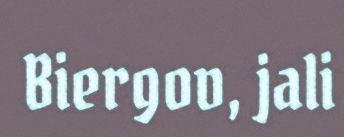
Biergov, jali